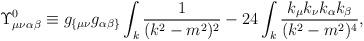
LaTeX: \begin{align*}\Upsilon_{\mu \nu \alpha \beta}^0 \equiv g_{\{\mu\nu}g_{\alpha\beta \}} \int_k \frac{1}{(k^2-m^2)^2} -24\int_k \frac{k_{\mu}k_{\nu}k_{\alpha}k_{\beta}}{(k^2-m^2)^4}, \end{align*}